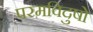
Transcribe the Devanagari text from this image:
परमविदुषो